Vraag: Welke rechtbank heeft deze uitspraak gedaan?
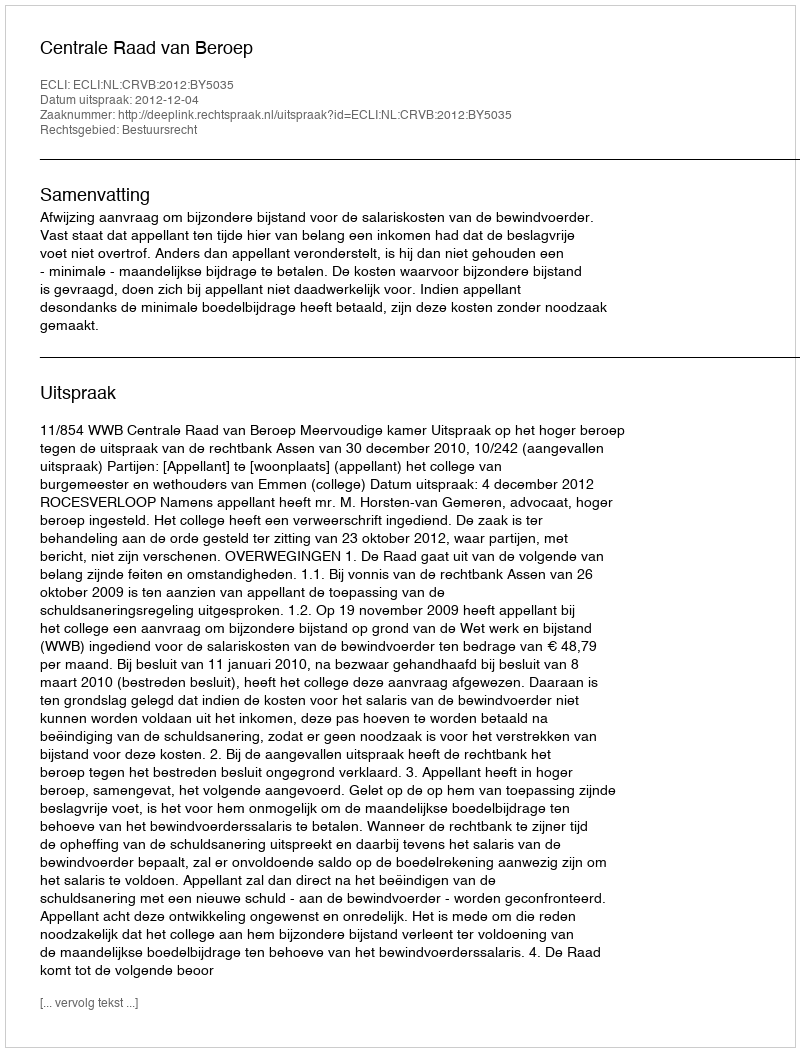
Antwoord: Centrale Raad van Beroep